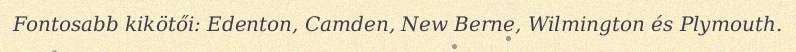
Fontosabb kikötői: Edenton, Camden, New Berne, Wilmington és Plymouth.